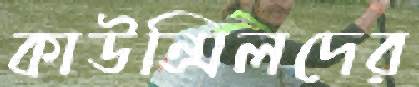
কাউন্সিলদের